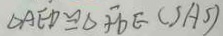
\Delta A E D \cong \Delta F D E ( S A S )